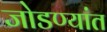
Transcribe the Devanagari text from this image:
जोडण्यांत